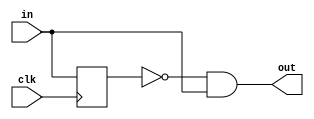
`timescale 1ns / 1ps
//////////////////////////////////////////////////////////////////////////////////
// Company: 
// Engineer: 
// 
// Design Name: 
// Module Name: posedge_detector
// Project Name: 
// Target Devices: 
// Tool Versions: 
// Description: 
// 
// Dependencies: 
// 
// Revision:
// Revision 0.01 - File Created
// Additional Comments: https://programmer.help/blogs/5ce5b74dbd866.html
// 
//////////////////////////////////////////////////////////////////////////////////



module posedge_detector(
        // The signal to detect
        input wire in,
        // The master clock
        input wire clk,
        
        // The output
        output wire out
    );
    // Store the previous state
    reg prev = 0;
    
    always @(posedge clk) begin
        // Always clock in a new state
        prev <= in;
    end
    
    // This design worries me a bit because it relies on the input being stable
    // for more than one clock cycle, but so far all the signals seem to do that
    assign out = ~prev & in;
     
endmodule